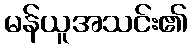
မန်ယူအသင်း၏